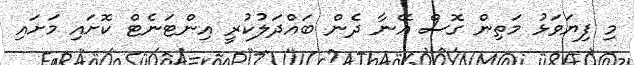
މި ފިޔަވަޅު މަތިން ގޮސް އޭނާ ދެން ބައްދަލުކުރީ އިންޓަނެޓް ކޮށައި މަށައި